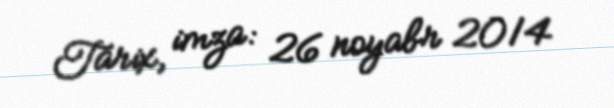
Tarix, imza: 26 noyabr 2014